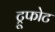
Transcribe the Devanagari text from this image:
ट्रूफोट